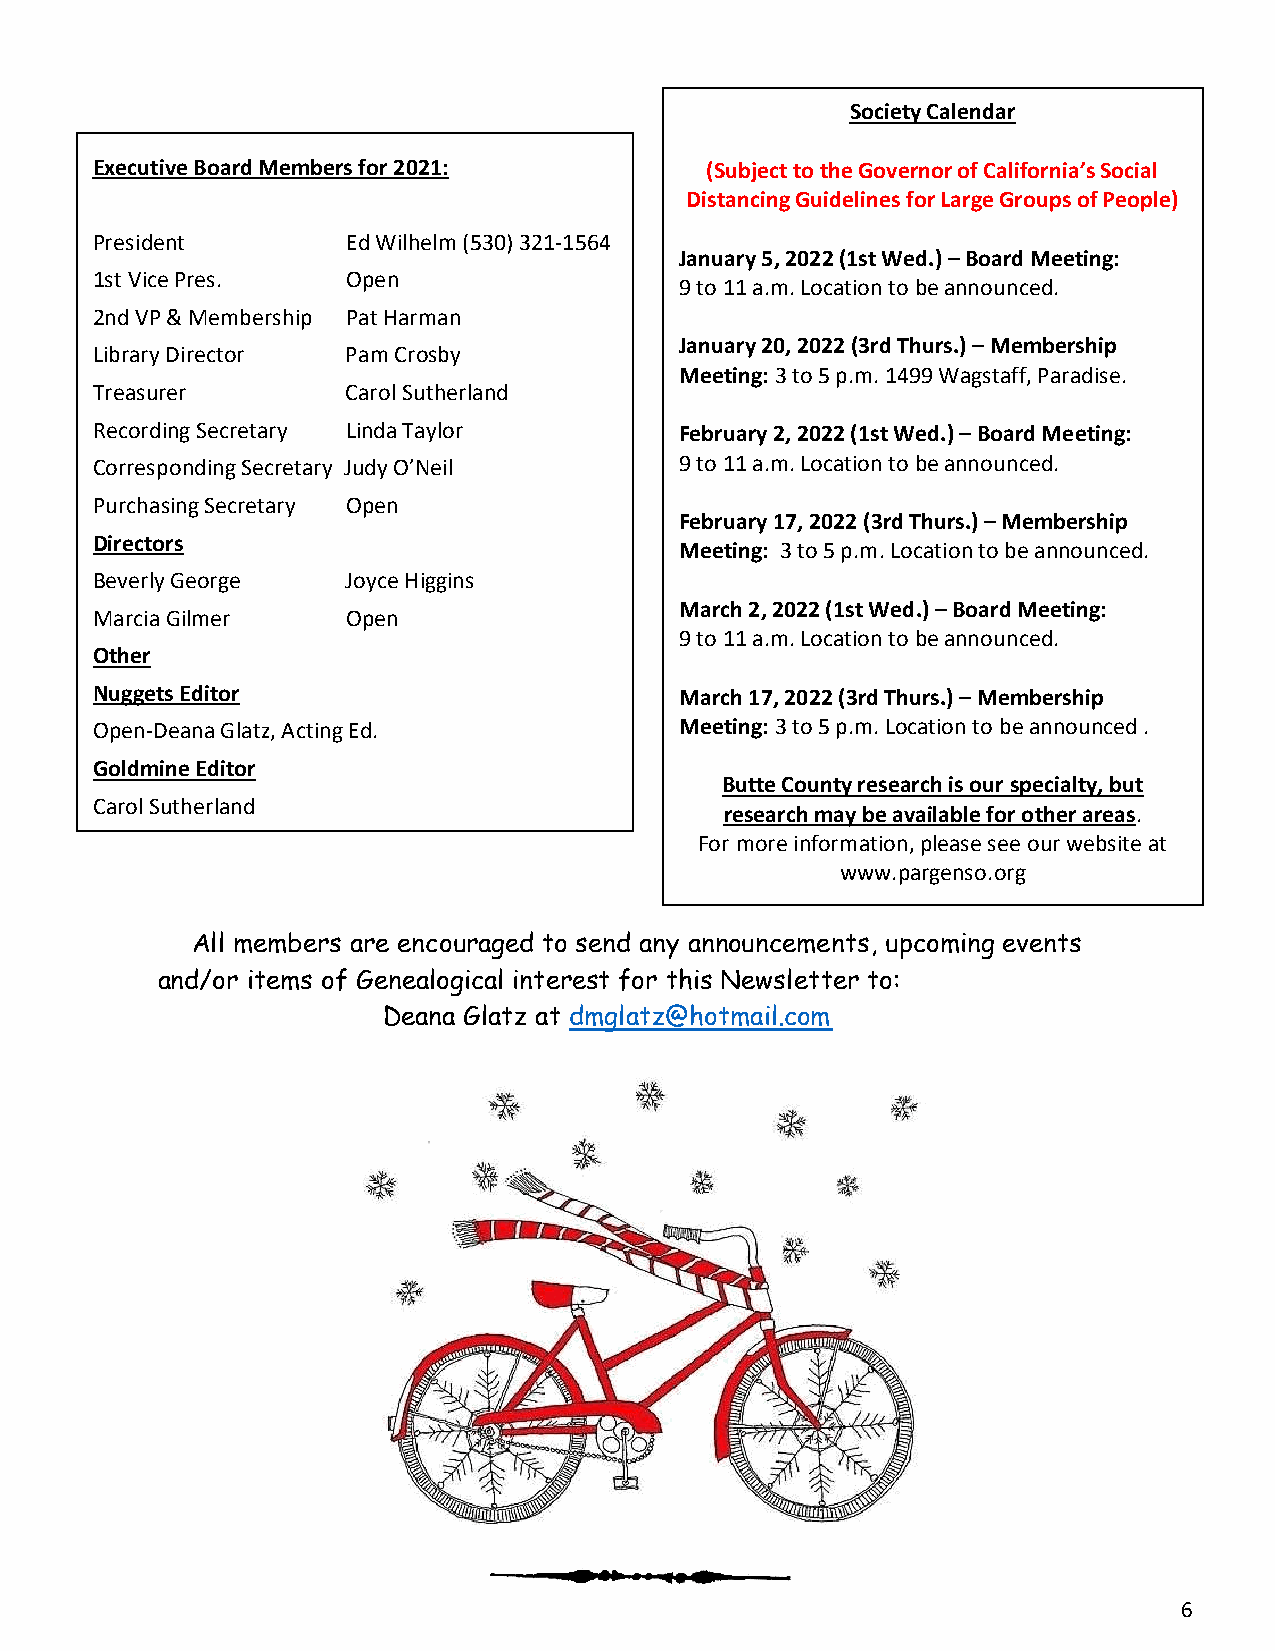
Society Calendar
 Executive Board Members for 2021:        (Subject to the Governor of California’s Social
 Distancing Guidelines for Large Groups of People)
 President        Ed Wilhelm (530) 321-1564
 January 5, 2022 (1st Wed.) – Board Meeting:
 1st Vice Pres.   Open
 9 to 11 a.m. Location to be announced.
 2nd VP & Membership Pat Harman
 January 20, 2022 (3rd Thurs.) – Membership
 Library Director Pam Crosby
 Meeting: 3 to 5 p.m. 1499 Wagstaff, Paradise.
 Treasurer        Carol Sutherland
 Recording Secretary Linda Taylor       February 2, 2022 (1st Wed.) – Board Meeting:
 Corresponding Secretary Judy O’Neil    9 to 11 a.m. Location to be announced.
 Purchasing Secretary Open
 February 17, 2022 (3rd Thurs.) – Membership
 Directors
 Meeting: 3 to 5 p.m. Location to be announced.
 Beverly George   Joyce Higgins
 March 2, 2022 (1st Wed.) – Board Meeting:
 Marcia Gilmer    Open
 9 to 11 a.m. Location to be announced.
 Other
 Nuggets Editor                         March 17, 2022 (3rd Thurs.) – Membership
 Open-Deana Glatz, Acting Ed.           Meeting: 3 to 5 p.m. Location to be announced .
 Goldmine Editor
 Butte County research is our specialty, but
 Carol Sutherland
 research may be available for other areas.
 For more information, please see our website at
 www.pargenso.org
 All members are encouraged to send any announcements, upcoming events
 and/or items of Genealogical interest for this Newsletter to:
 Deana Glatz at dmglatz@hotmail.com
 6